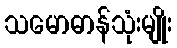
သမောဓာန်သုံးမျိုး